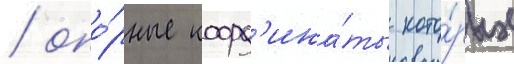
/ опо́рные коорд'ина́ты кото́рых